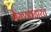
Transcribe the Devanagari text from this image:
गैरव्यवहारच